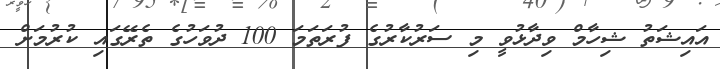
އައިޝަތު ޝިހާމް ވިދާޅުވީ މި ސަރުކާރުގެ ފުރަތަމަ 100 ދުވަހުގެ ތެރޭގައި ކުރުމަށް